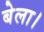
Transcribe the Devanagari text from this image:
बेला।